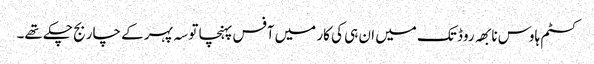
کسٹم ہاوس نابھہ روڈ تک میں ان ہی کی کار میں آفس پہنچا تو سہ پہر کے چار بج چکے تھے۔